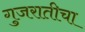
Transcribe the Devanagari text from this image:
गुजरातीचा